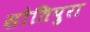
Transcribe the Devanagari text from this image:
सोतिपुरा